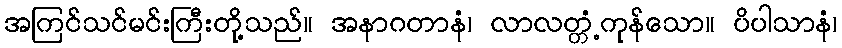
အကြင်သင်မင်းကြီးတို့သည်။ အနာဂတာနံ၊ လာလတ္တံ့ကုန်သော။ ပိပါသာနံ၊